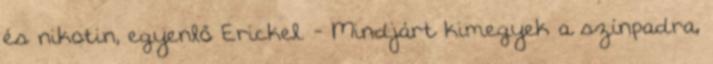
és nikotin, egyenlő Erickel. - Mindjárt kimegyek a színpadra,